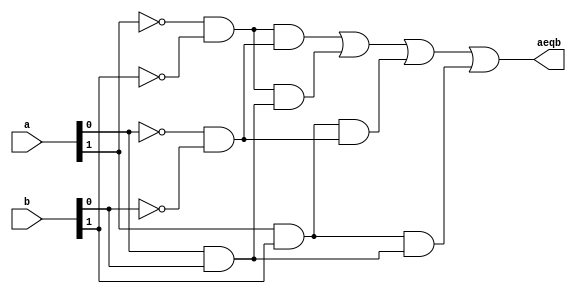

`timescale 1 ns/1 ns
module eq2_sop
(
input wire [1:0] a , b ,
output wire aeqb
);
//internal signal decleration
wire p0, pl, p2, p3;
//sum of product terms
assign aeqb = p0 | pl | p2 | p3;
// product terms
assign p0 = (~a[1] &  ~b[1]) & (~a[0] & ~b[0]) ;
assign pl = (~a[1] &  ~b[1]) & ( a[0] &  b[0]) ;
assign p2 = ( a[1] &   b[1]) & (~a[0] & ~b[0]) ;
assign p3 = ( a[1] &   b[1]) & ( a[0] &  b[0]) ;
endmodule

module mainComparator();
  reg [1:0] x,y;
  wire isEqual;
  eq2_sop eqFirst(x,y,isEqual);
  initial begin
    #15  x=2'b00;  y=2'b00;
    #15  x=2'b00;  y=2'b01;
    #15  x=2'b00;  y=2'b10;
    #15  x=2'b00;  y=2'b00;
    #15  x=2'b11;  y=2'b11;
    #15  x=2'b01;  y=2'b10;
    #15  x=2'b10;  y=2'b10;
    #15  x=2'b01;  y=2'b01;
    
  end
endmodule